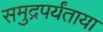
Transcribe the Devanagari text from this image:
समुद्रपर्यंताया